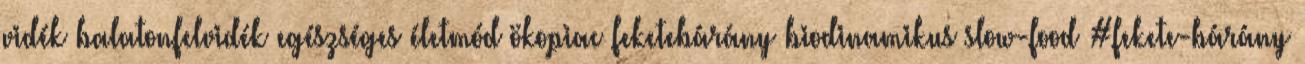
vidék balatonfelvidék egészséges életmód ökopiac feketebárány biodinamikus slow-food #fekete-bárány